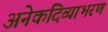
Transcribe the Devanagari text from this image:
अनेकदिव्याभरणं